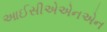
આઈસીએએનએન